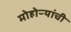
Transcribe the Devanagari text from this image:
मोहोऱ्यांची